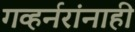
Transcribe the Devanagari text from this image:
गव्हर्नरांनाही